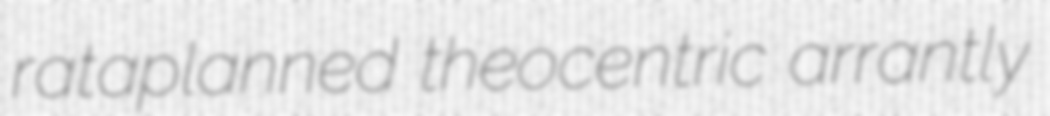
rataplanned theocentric arrantly